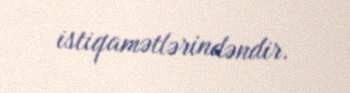
istiqamətlərindəndir.